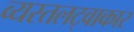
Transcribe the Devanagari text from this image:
व्यस्तलट्वाकार